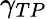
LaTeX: \gamma_{TP}